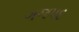
ગજપદ